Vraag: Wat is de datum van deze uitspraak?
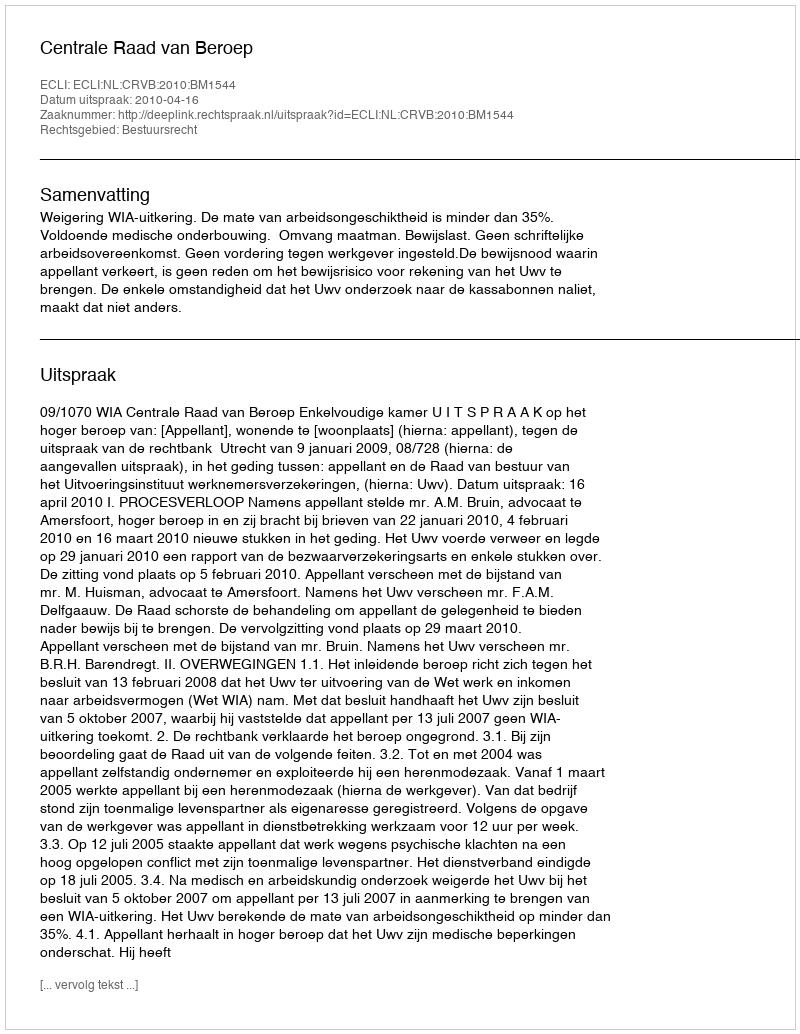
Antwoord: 2010-04-16